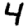
Digit: 4